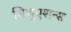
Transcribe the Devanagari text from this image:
सिचुएशन्स